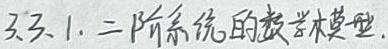
3.3.1. 二阶系统的数学模型.